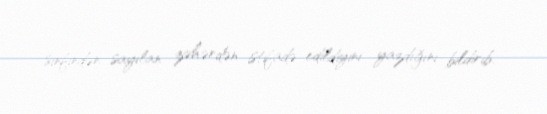
sinfindən sayılan zəhərdən istifadə edildiyini yazdığını bildirib.